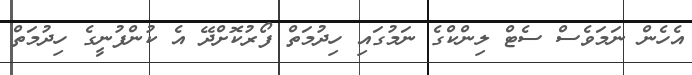
އެހެން ނަމަވެސް ސެޓް ލިންކްގެ ނަމުގައި ހިދުމަތް ފޯރުކޮށްދޭ އެ ކުންފުނީގެ ހިދުމަތް